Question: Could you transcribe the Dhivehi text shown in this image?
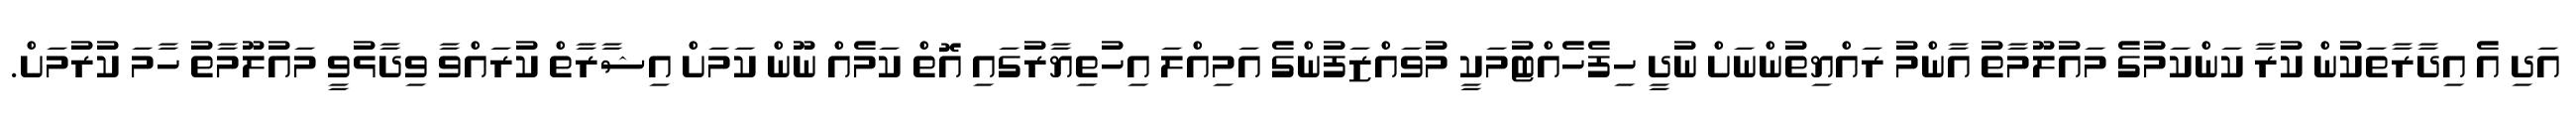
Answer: އަދި އެ އިދާރާތަކުން ކުރާ ކަންކަމުގެ މައުލޫމާތު އާންމު ރައްޔިތުންނަށް ނުދީ ހިފެހެއްޓުމަކީ މުވައްޒަފުންގެ އަމިއްލަ އިހުތިޔާރުގައި އޮތް ކަމެއް ނޫން ކަމަށް އިޝާރާތް ކުރައްވާ ވިދާޅުވީ މައުލޫމާތު ހާމަ ކުރުމަށް.